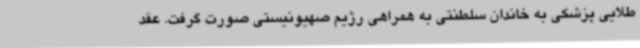
طلایی پزشکی به خاندان سلطنتی به همراهی رژیم صهیونیستی صورت گرفت. عقد